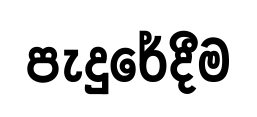
පැදුරේදීම